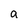
Character: a